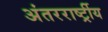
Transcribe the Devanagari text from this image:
अंतररार्ष्ट्रीय